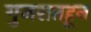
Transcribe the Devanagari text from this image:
गुजरातहून